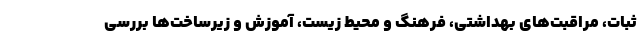
ثبات، مراقبت‌های بهداشتی، فرهنگ و محیط زیست، آموزش و زیرساخت‌ها بررسی